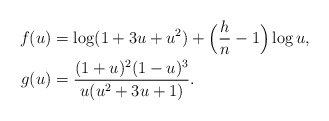
\begin{align*} f(u)&=\log(1+3u+u^2)+\Bigl(\frac{h}{n}-1\Bigr)\log u,\\ g(u)&=\frac{(1+u)^2(1-u)^3}{u(u^2+3u+1)}. \end{align*}